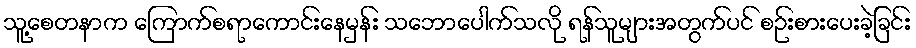
သူ့စေတနာက ကြောက်စရာကောင်းနေမှန်း သဘောပေါက်သလို ရန်သူများအတွက်ပင် စဉ်းစားပေးခဲ့ခြင်း